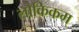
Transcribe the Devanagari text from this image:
लौकिकम्